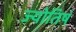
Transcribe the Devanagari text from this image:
ज्योतिषं